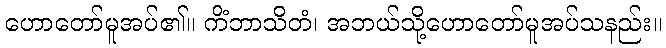
ဟောတော်မူအပ်၏။ ကိံဘာသိတံ၊ အဘယ်သို့ဟောတော်မူအပ်သနည်း။